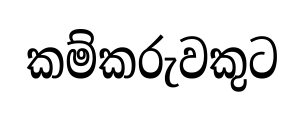
කම්කරුවකුට